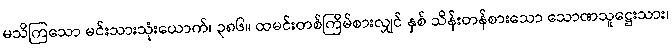
မသိကြသော မင်းသားသုံးယောက်၊ ၃၈၆။ ထမင်းတစ်ကြိမ်စားလျှင် နှစ် သိန်းတန်စားသော သောဏသူဋ္ဌေးသား၊